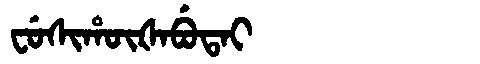
Manchu: ᠸᡠᠰᡳᡥᡡᡧᠠᠪᡠᡨᠠᡳ
Romanization: FUSIHŪŠABUTAI